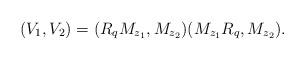
LaTeX: \begin{align*}(V_1,V_2)=(R_{q}M_{z_1},M_{z_2}) (M_{z_1}R_{q},M_{z_2}).\end{align*}